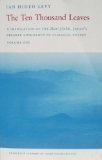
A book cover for The Ten Thousand Leaves: A Translation of the Man'yoshu, Japan's Premier Anthology of Classical Poetry, Volume One; Literature & Fiction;